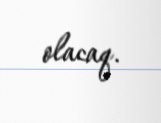
olacaq.